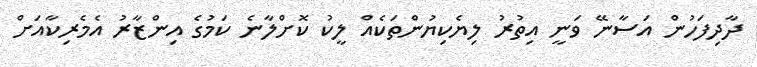
ދާދިފަހުން އަސާނޭ ވަނީ އިތުރު ލިޔެކިޔުންތަކެއް ލީކު ކޮށްލާނެ ކަމުގެ އިންޒާރު އެމެރިކާއަށް